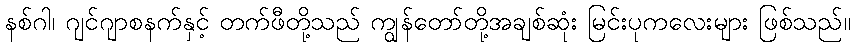
နစ်ဂါ၊ ဂျင်ဂျာစနက်နှင့် တက်ဖီတို့သည် ကျွန်တော်တို့အချစ်ဆုံး မြင်းပုကလေးများ ဖြစ်သည်။